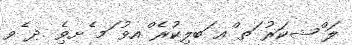
ލަ ްޝކަރު ަތ ްއ ަބލިކުރެ ްއވު ަމ ެށވެި .ދ ެވ